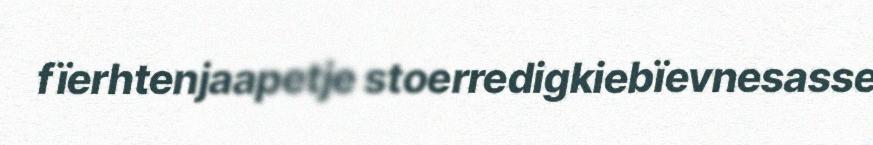
fïerhtenjaapetje stoerredigkiebïevnesasse